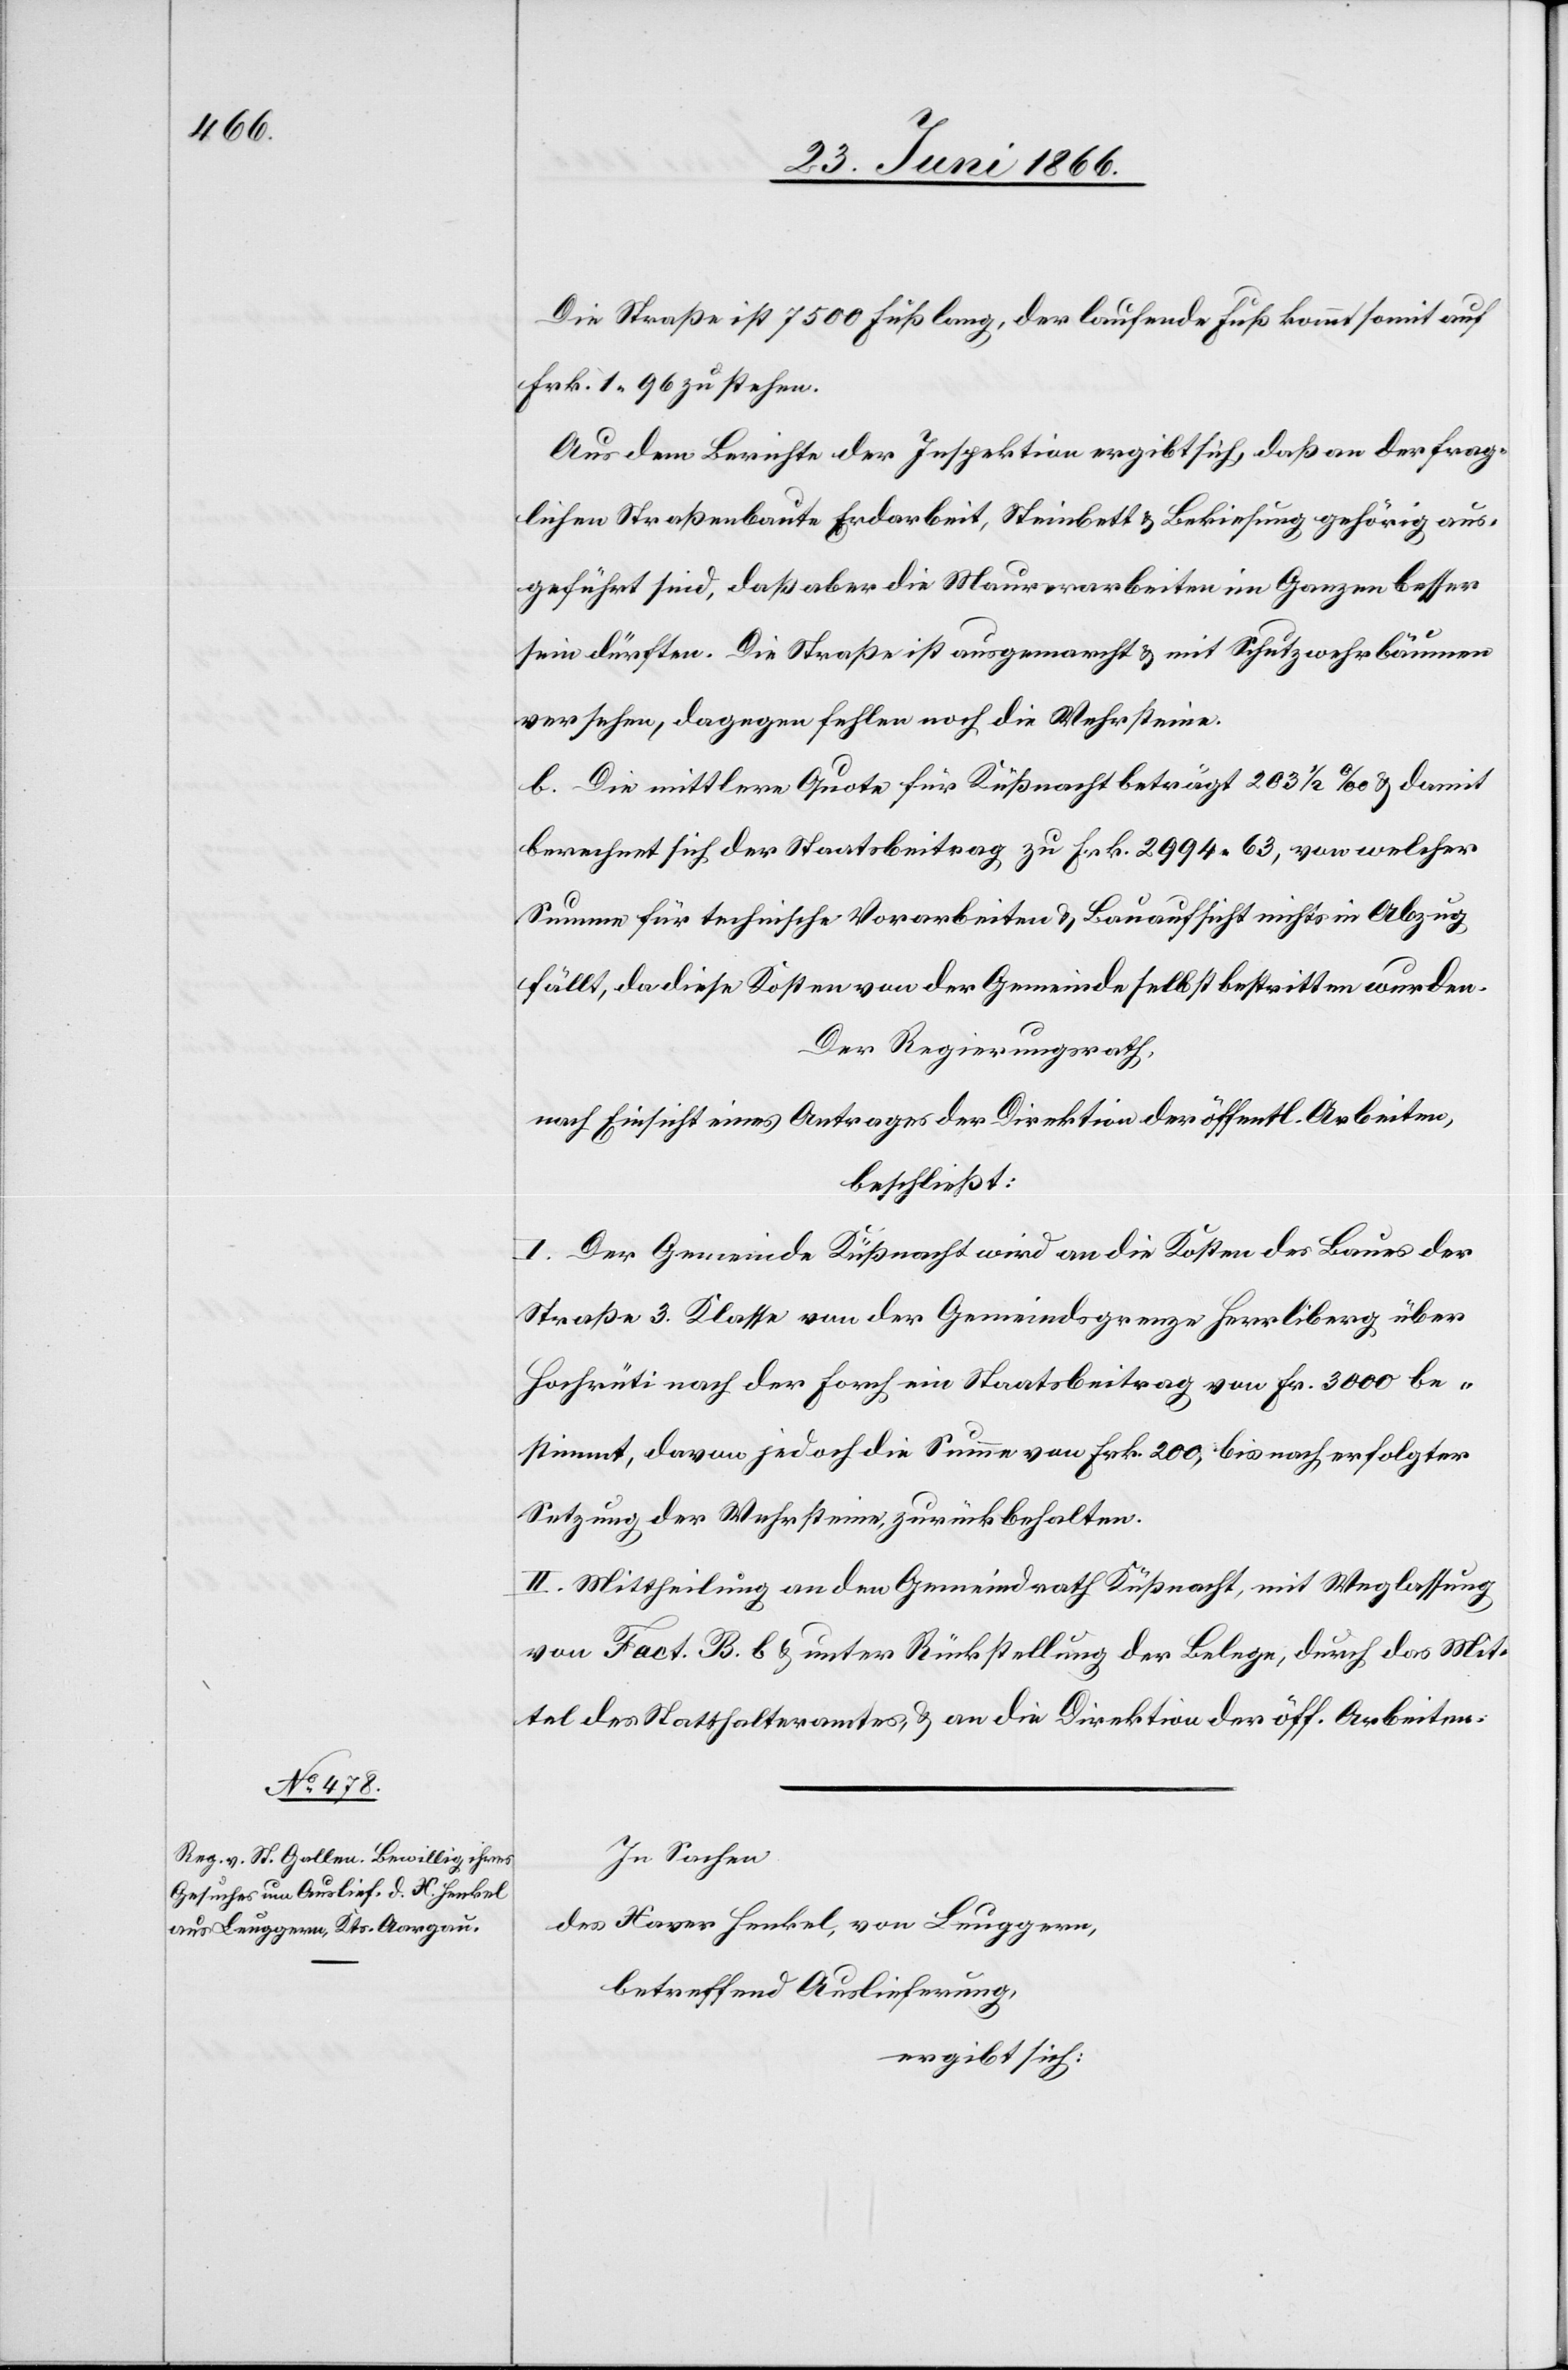
Die Straße ist 7500 Fuß lang, der laufende Fuß kommt somit auf
Frk. 1.96 zu stehen.
Aus dem Berichte der Inspektion ergibt sich, daß an der frag¬
lichen Straßenbaute Erdarbeit, Steinbett u. Bekiesung gehörig aus¬
geführt sind, daß aber die Maurerarbeiten im Ganzen besser
sein dürften. Die Straße ist ausgemarcht u. mit Schutzwehrbäumen
versehen, dagegen fehlen noch die Wehrsteine.
b. Die mittlere Quote für Küßnacht beträgt 203 ½ ‰ u. damit
berechnet sich der Staatsbeitrag zu Frk. 2994.63, von welcher
Summe für technische Vorarbeiten u. Bauaufsicht nichts in Abzug
fällt, da diese Kosten von der Gemeinde selbst bestritten wurden.
Der Regierungsrath,
nach Einsicht eines Antrages der Direktion der öffentl. Arbeiten,
beschließt:
I. Der Gemeinde Küßnacht wird an die Kosten des Baues der
Straße 3. Klasse von der Gemeindgrenze Herrliberg über
Hochrüti nach der Forch ein Staatsbeitrag von Fr. 3000 be¬
stimmt, davon jedoch die Summe von Frk. 200, bis nach erfolgter
Setzung der Wehrsteine, zurückbehalten.
II. Mittheilung an den Gemeindrath Küßnacht, mit Weglassung
von Fact. B. b u. unter Rückstellung der Belege, durch das Mit¬
tel des Statthalteramtes u. an die Direktion der öff. Arbeiten.
In Sachen
des Xaver Henkel, von Leuggern,
betreffend Auslieferung,
ergibt sich: